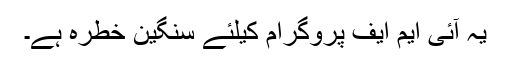
یہ آئی ایم ایف پروگرام کیلئے سنگین خطرہ ہے۔